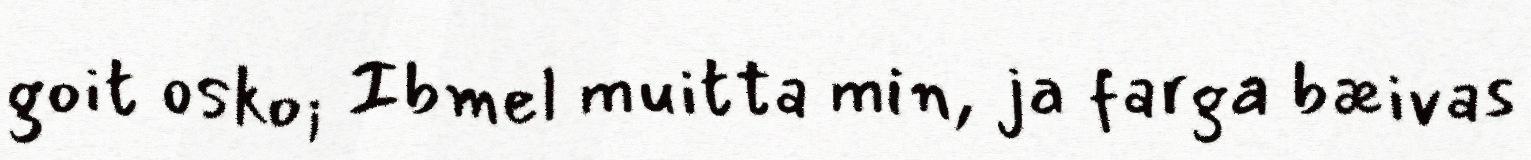
goit osko; Ibmel muitta min, ja farga bæivas